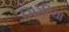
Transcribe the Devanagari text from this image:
सिरेटिया